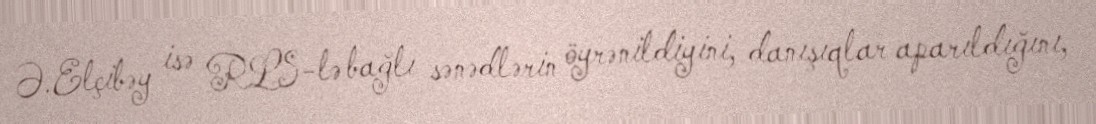
Ə.Elçibəy isə RLS-lə bağlı sənədlərin öyrənildiyini, danışıqlar aparıldığını,